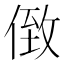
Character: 𠊷